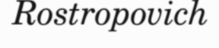
Rostropovich